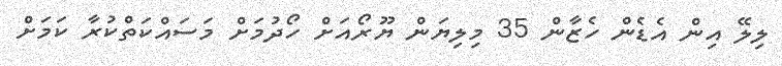
ލިލޭ އިން އެޑެން ހެޒާން 35 މިލިޔަން ޔޫރޯއަށް ހޯދުމަށް މަސައްކަތްކުރާ ކަމަށް